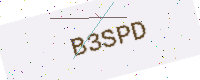
Text: B3SPD